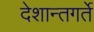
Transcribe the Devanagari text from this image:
देशान्तगर्ते